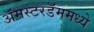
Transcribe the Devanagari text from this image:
अॅमस्टरडॅममध्ये